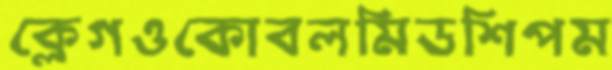
ক্লেগওকোবলমিডশিপম